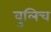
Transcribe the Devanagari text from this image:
वुलिच